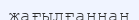
жағылғаннан